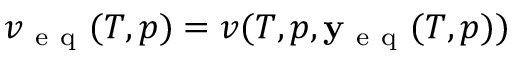
v _ { \mathrm { ~ e ~ q ~ } } ( T , p ) = v ( T , p , \mathbf { y _ { \mathrm { ~ e ~ q ~ } } } ( T , p ) )